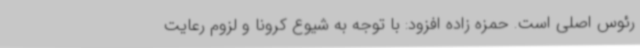
رئوس اصلی است. حمزه زاده افزود: با توجه به شیوع کرونا و لزوم رعایت